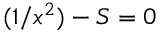
( 1 / x ^ { 2 } ) - S = 0